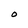
Character: 0